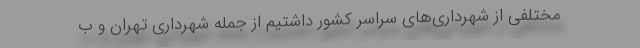
مختلفی از شهرداری‌های سراسر کشور داشتیم از جمله شهرداری تهران و ب